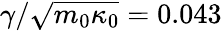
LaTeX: \gamma/\sqrt{m_{0}\kappa_{0}}=0.043